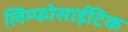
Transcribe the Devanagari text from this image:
लिम्फोसाईटिक